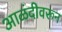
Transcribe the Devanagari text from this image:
आळंदीवरून